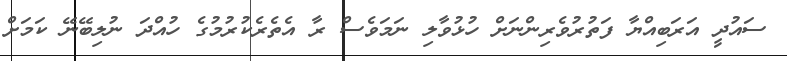
ސައުދީ އަރަބިއްޔާ ފަތުރުވެރިންނަށް ހުޅުވާލި ނަމަވެސް ރާ އެތެރެކުރުމުގެ ހުއްދަ ނުލިބޭނޭ ކަމަށް